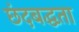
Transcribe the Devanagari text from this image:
छंदबद्धता